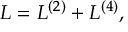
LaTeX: { \cal L } = { \cal L } ^ { ( 2 ) } + { \cal L } ^ { ( 4 ) } ,